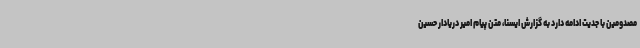
مصدومین با جدیت ادامه دارد به گزارش ایسنا، متن پیام امیر دریادار حسین